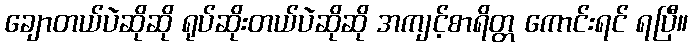
ချောတယ်ပဲဆိုဆို ရုပ်ဆိုးတယ်ပဲဆိုဆို အကျင့်စာရိတ္တ ကောင်းရင် ရပြီ။